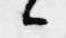
候